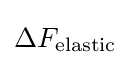
\Delta F_{\mathrm {elastic} }